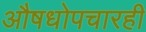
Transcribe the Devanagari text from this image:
औषधोपचारही